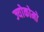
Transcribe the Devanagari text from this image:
ज्योकोमो